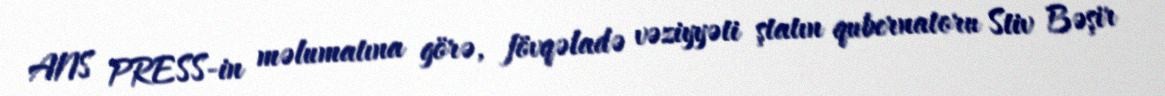
ANS PRESS-in məlumatına görə, fövqəladə vəziyyəti ştatın qubernatoru Stiv Bəşir